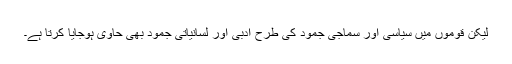
لیکن قوموں میں سیاسی اور سماجی جمود کی طرح ادبی اور لسانیاتی جمود بھی حاوی ہوجایا کرتا ہے۔